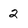
Character: 2